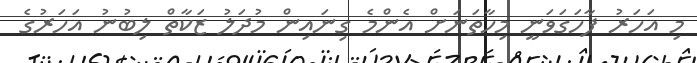
މި އަހަރު ފާހަގަވަނީ މިހާތަނަށް އެންމެ ގިނައިން މުދަލު ޒަކާތް ލިބުނު އަހަރުގެ